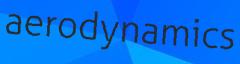
aerodynamics